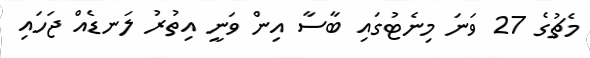
މެޗުގެ 27 ވަނަ މިނެޓުގައި ބާސާ އިން ވަނީ އިތުރު ލަނޑެއް ޖަހައި